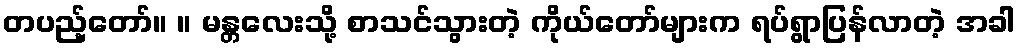
တပည့်တော်။ ။ မန္တလေးသို့ စာသင်သွားတဲ့ ကိုယ်တော်များက ရပ်ရွာပြန်လာတဲ့ အခါ